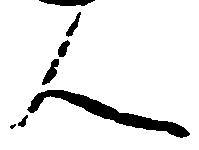
人